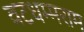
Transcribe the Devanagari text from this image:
वटधम्मराम